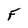
Character: F